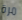
مرة